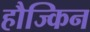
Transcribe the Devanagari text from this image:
हौज्किन